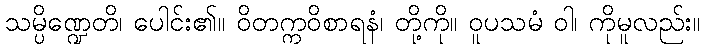
သမ္ပိဏ္ဍေတိ၊ ပေါင်း၏။ ဝိတက္ကဝိစာရနံ၊ တို့ကို။ ဝူပသမံ ဝါ၊ ကိုမူလည်း။